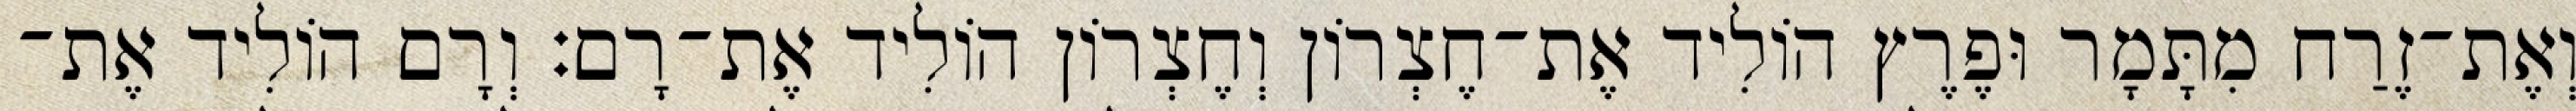
וְאֶת־זֶרַח מִתָּמָר וּפֶרֶץ הוֹלִיד אֶת־חֶצְרוֹן וְחֶצְרוֹן הוֹלִיד אֶת־רָם׃ וְרָם הוֹלִיד אֶת־